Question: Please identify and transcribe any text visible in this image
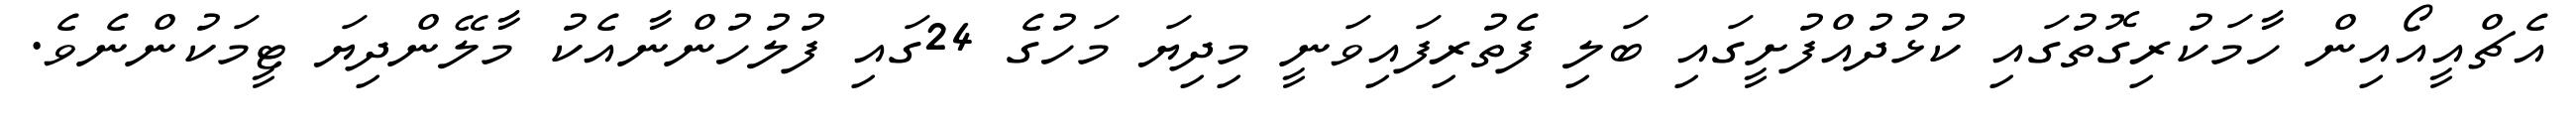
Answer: އެޗްއީއޯއިން ހާމަކުރިގޮތުގައި ކުޅުދުއްފުށީގައި ބަލި ފެތުރިފައިވަނީ މިދިޔަ މަހުގެ 24ގައި ފުލުހުންނާއެކު މާލޭންދިޔަ ޓީމަކުންނެވެ.